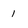
Character: 1